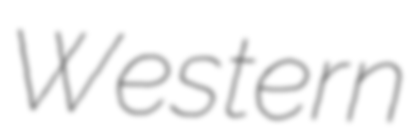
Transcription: Western